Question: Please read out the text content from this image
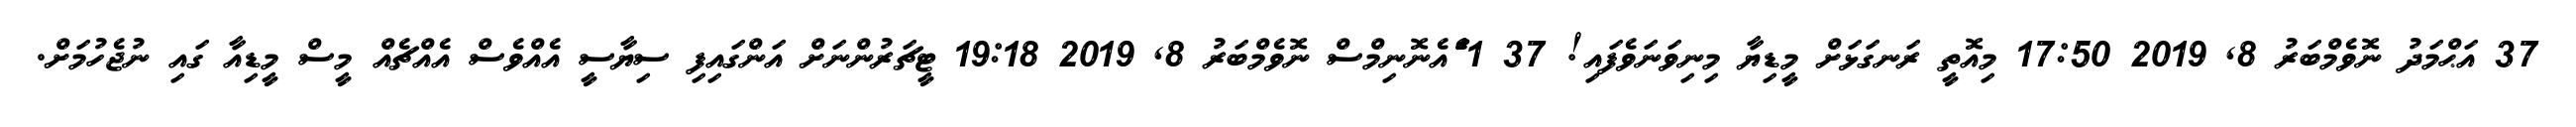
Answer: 37 އަޙްމަދު ނޮވެމްބަރު 8, 2019 17:50 މިއޮތީ ރަނގަޅަށް މީޑިޔާ މިނިވަނަވެފައި! 37 1 ަެަެަައެނޮނިމްސް ނޮވެމްބަރު 8, 2019 19:18 ޓީޗަރުންނަށް އަންގައިފި ސިޔާސީ އެއްވެސް އެއްޗެއް މީސް މީޑިއާ ގައި ނުޖެހުމަށް.